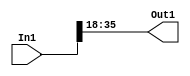
module velocityControlHdl_Maintain_Range
          (
           In1,
           Out1
          );
  input   signed [35:0] In1;  
  output  signed [17:0] Out1;  
  wire signed [17:0] Data_Type_Conversion_out1;  
  assign Data_Type_Conversion_out1 = In1[35:18];
  assign Out1 = Data_Type_Conversion_out1;
endmodule